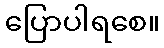
ပြောပါရစေ။